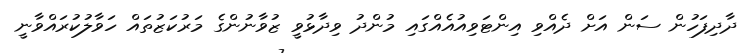
ދާދިފަހުން ސަން އަށް ދެއްވި އިންޓަވިއުއެއްގައި މުންދު ވިދާޅުވީ ޒުވާނުންގެ މަރުކަޒުތައް ހަވާލުކުރައްވާނީ